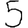
Digit: 5